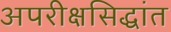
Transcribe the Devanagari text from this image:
अपरीक्षसिद्धांत